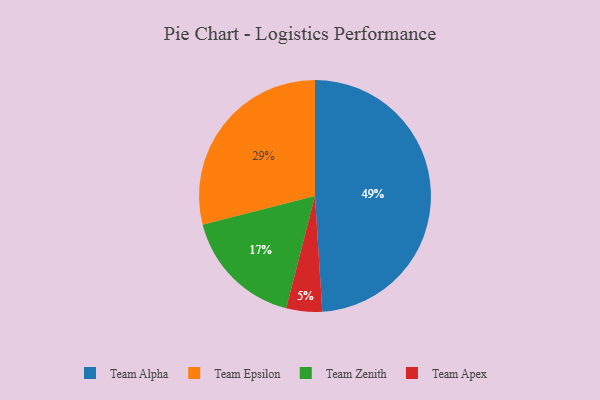
{"axis": {"x": "Category", "y": "Percentage"}, "legend": ["Team Alpha", "Team Apex", "Team Epsilon", "Team Zenith"], "data": [{"x": "Team Apex", "y": 5, "type": "Team Apex"}, {"x": "Team Zenith", "y": 17, "type": "Team Zenith"}, {"x": "Team Epsilon", "y": 29, "type": "Team Epsilon"}, {"x": "Team Alpha", "y": 49, "type": "Team Alpha"}]}